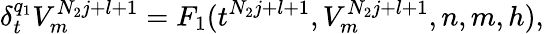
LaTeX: \delta_{t}^{q_{1}}V_{m}^{N_{2}j+l+1}=F_{1}(t^{N_{2}j+l+1},V_{m}^{N_{2}j+l+1},n,m,h),